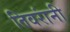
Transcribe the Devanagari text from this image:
तिवरांनी